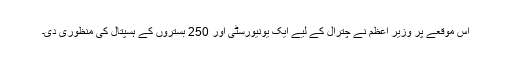
اس موقعے پر وزیر اعظم نے چترال کے لیے ایک یونیورسٹی اور 250 بستروں کے ہسپتال کی منظوری دی۔